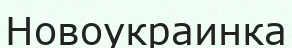
Новоукраинка